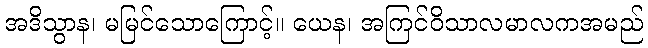
အဒိသွာန၊ မမြင်သောကြောင့်။ ယေန၊ အကြင်ဝိသာလမာလကအမည်